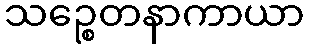
သဉ္စေတနာကာယာ